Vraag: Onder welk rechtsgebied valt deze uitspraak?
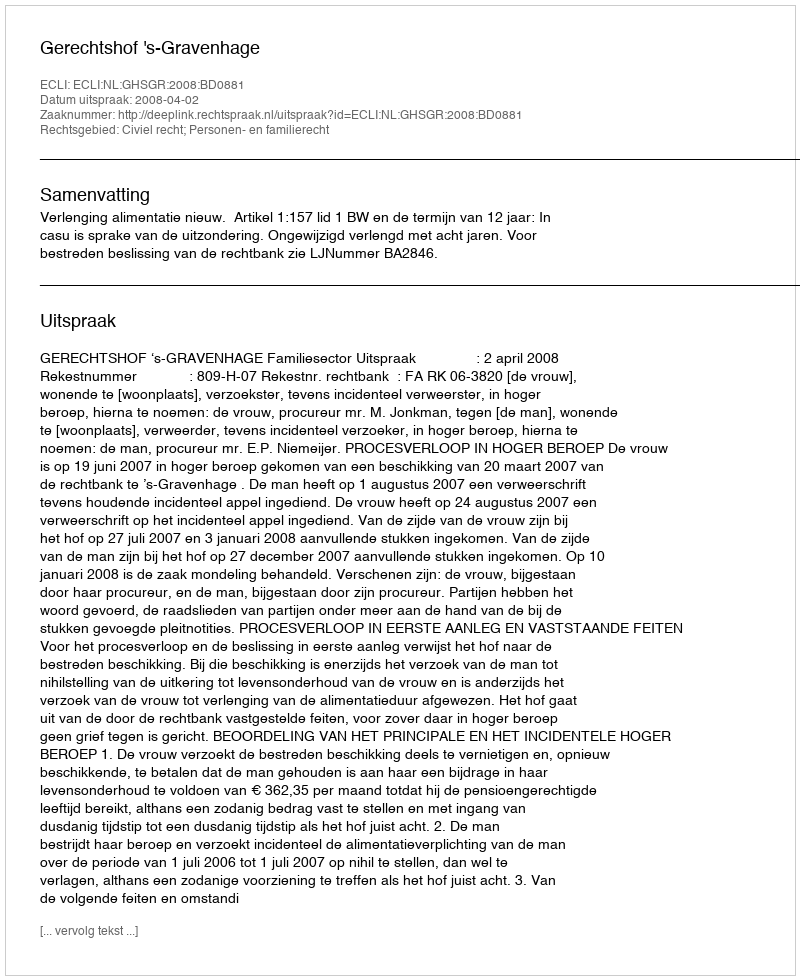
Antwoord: Civiel recht; Personen- en familierecht